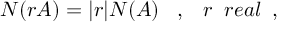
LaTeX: N ( r { \cal A } ) = \vert r \vert N ( { \cal A } ) \; \; \; , \; \; \; r \; \; r e a l \; \; ,